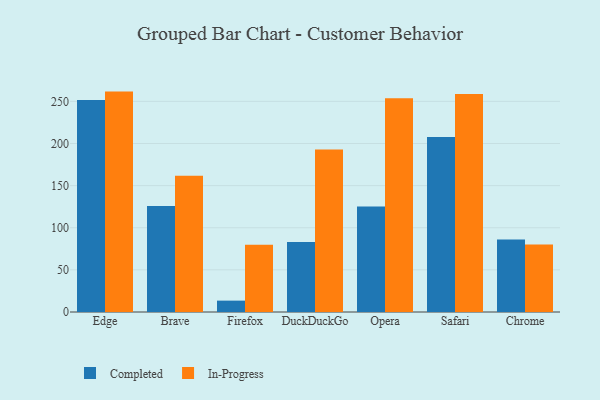
{"axis": {"x": "Browser", "y": "Market Share (%)"}, "legend": ["Completed", "In-Progress"], "data": [{"x": "Edge", "y": 251.5, "type": "Completed"}, {"x": "Edge", "y": 261.6, "type": "In-Progress"}, {"x": "Brave", "y": 125.9, "type": "Completed"}, {"x": "Brave", "y": 161.6, "type": "In-Progress"}, {"x": "Firefox", "y": 13.5, "type": "Completed"}, {"x": "Firefox", "y": 79.9, "type": "In-Progress"}, {"x": "DuckDuckGo", "y": 83.2, "type": "Completed"}, {"x": "DuckDuckGo", "y": 192.8, "type": "In-Progress"}, {"x": "Opera", "y": 125.1, "type": "Completed"}, {"x": "Opera", "y": 253.6, "type": "In-Progress"}, {"x": "Safari", "y": 207.6, "type": "Completed"}, {"x": "Safari", "y": 258.7, "type": "In-Progress"}, {"x": "Chrome", "y": 86.2, "type": "Completed"}, {"x": "Chrome", "y": 80.2, "type": "In-Progress"}]}